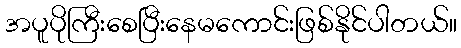
အပူပိုကြီးစေပြီးနေမကောင်းဖြစ်နိုင်ပါတယ်။